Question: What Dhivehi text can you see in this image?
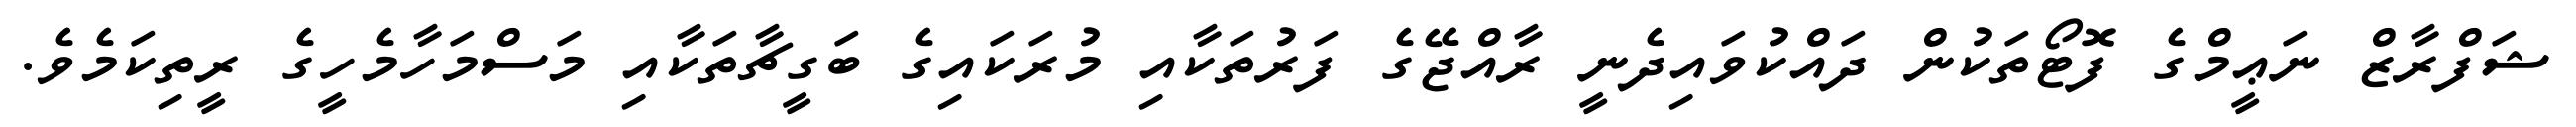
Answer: ޝަފްރާޒް ނަޢީމްގެ ފޮޓޯތަކުން ދައްކުވައިދެނީ ރާއްޖޭގެ ފަރުތަކާއި މުރަކައިގެ ބަގީޗާތަކާއި މަސްމަހާމެހީގެ ރީތިކަމެވެ.